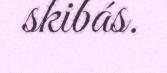
skibás.